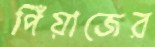
পিঁয়াজের